Vital statistics of India. Vol. V, Reports of 1876 on armies & jails and on epidemic cholera
Year: 1876
Disease focus: Cholera
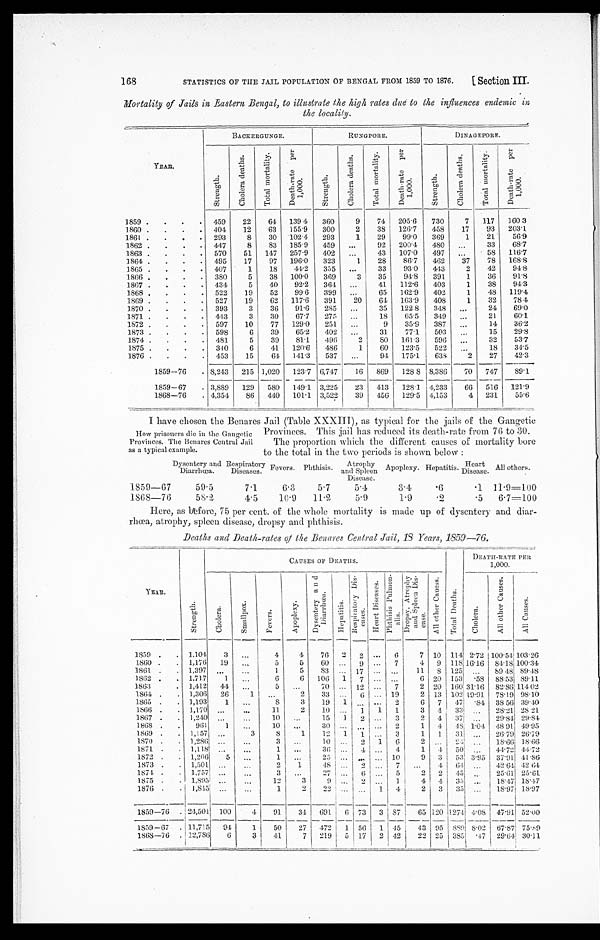
STATISTICS OF THE JAIL POPULATION OF BENGAL FROM 1859 TO 1876.
Section III.
Mortality of Jails in _Eastern Bengal, to illustrate the high rates (due to the influences endemic in
the locality.
BACKERGUNGE. RUNFPORE.
RUNGPORE.
DINAGEPORE.
YEAR.
S t r e n g t h .
C h o l e r a d e a t h s .
T o t a l m o r t a l i t y .
D e a t h - r a t e p e r 1 , 0 0 0
S t r e n g t h .
C h o l e r a d e a t h s .
T o t a l m o r t a l i t y .
D e a t h r a t e p e r 1 , 0 0 0 .
S t r e n g t h .
C h o l e r a d e a t h s .
T o t a l m o r t a l i t y .
D e a t h - r a t e p e r 1 , 0 0 0 .
1859
459 22 64 139 4 360
9 74 205.6 730
7 117 160 3
1860
404 12
63 155.9 300
2
38 126.7 438
17
93 203.1.
1861
293
8 30 102.4 293
1
29 99.0 369
1
21
5 6 . 9
1862
447
8
83 185.9 459
92 200.4 480
33
6 8 . 7
1863
570
51 147 257.9 402
43 107.0 497
58 116.7
1864
495
17
97 196.0 323
1
28 86.7 462 37
78 168.8
1865
407
1
18 44.2 355
33
93.0 443
2
42 9 4 . 8
1866
380
5
38 100.0 369
3
35
94.8 391.
1
36 91.8
1867
434
5 40 92.2 364
41 112.6 403
1
38 9 4 . 3
1868
522
19
52 99.6 399
65 162.9 402
1
48 1 1 9 . 4
1869
527
19
62 117.6 391 20 64 163.9 408
1
32 784
1870
393
3
36 91.6 285
35 122 8 348
24 69.0
1871
443
3
30 67.7 275
18 65.5 349
21
60.1
1872
597
10
77 129 .0 251
9 35.9 387
14 36.2
1873
598
6
39 65.2 402
31
77.1 503
15 2 9 . 8
1874
481
5
39 81.1 496
2
80 161.3 596
32
5 3 . 7
1875
340
6 41 120.6 486
1
60 123.5 522
18 3 4 . 5
1876
453
15
64 141.3 537
94 175.1 638
2 27 42.3
1859—76 . 8,243 21.5 1,020 123.7 6,747
16 869 128 8 8,386 70 747 89.1
1859—67
3,889 129 580 149.1 3,225
23 413 128.1 4,233
66 516 121.9
1868—76
4,354 86 440 101.1 3,522
39 456 129.5 4,153
4 231 55.6
I have chosen the Benares Jail (Table XXXIII), as typical for the jails of the Gangetic
Provinces. This jail has reduced its death-rate from 76 to 30.
The proportion which the different causes of mortality bore
to the total in the two periods is shown below:
Dysentery and
Diarrœa.
Respiratory
Diseases. Fevers. Phthisis.
A t r o p h y
and Spleen Apoplexy. Hepatitis.
H e a r t D i s e a s e s . All others.
1859-67
59.5
7.1
6.3
5.7
5.4
3.4
6
1 11.9=100
1868-76
58.2
4.5
10.9 11.2
5.9
1.9
2
5 6.7=100
Here, as before, 75 per cent. of the whole mortality is made up of dysentery and diar
-rhœa, atrophy, spleen disease, dropsy and phthisis.
Deaths and Death-rates of the Benares Central Jail, 18 Years, 1859-76.
C A U S E S O F D E A T H S .
DEA TH-RATE PER
1,000.
Y E A R .
S t r e n g t h .
C h o l e r a . S m a l l p o x .
F e v e r s
.
A p o p l e x y .
D y s e n t e r y a n d D i a r r h œ a . H e p a t i t i s . R e s p e r a t o r y D i s e a s e s .
H e a r t D i s e a s e s .
P h t h i s i s P u l m o n - a l i s .
D r o p s y A t r o p h y a n d S p l e e n D i s e a s e s .
A l l o t h e r c a s e s . T o t a l D e a t h s .
C h o l e r a .
A l l o t h e r C a s e s .
A l l C a u s e s .
1859
1.104
3
4
4 76 2 2
6
7 10 114 2.72 100.54 103.26
1860
1,176 19
5
5
60
9
7
4 9 118 16.16 84.18 100.34
1861
1,397
1
5 83
17
11 8 125
89 48 8 9 . 4 8
1862
1,717
1
6
6 106 1 7
6 20 153 58 88.53 89.11
1863
1.412 44
5
70
12
7
2 20 160 31.16 82.86 1 1 4 0 2
1864
1,306 26
1
2 33
6
19
2 13 102 19.91 78.19 98.10
1865
1,193
1
8
3
19 1
2
6 7 47
8 4 38 56 39-40
1866
1170
11
2 10
1 1
1
3 4 33
28.21 28 21.
1867
1,240
10
15 1 2
3
2 4 37
29.84 2 9 . 8 4
1868
961
1
10
3 0
2
1 4 48 1.04 48 91 49.95
. 1 8 6 9 . 1,157
3
8
1
12 1 1 1
3
1 1 31
26.79 26.79
1870 . . 1,286
3
10
2 1 6
2
24
18.66 18.66
1871 .
1,118
1
36
4
4
1 4 50
44.72 44.72
1872
1,266
5
1
25
9 3 53 3.95 37.91 41.86
1873
1,501
2
1
48
2
7
4 6 4
42.64 4 2 6 4
1874
1,757
3
27
6
5
2 2 45
25.61 2 5 . 6 1
1875
1,895
12
3
9
2
1
4 4 35
18.47 18.47
1876
1,845
1
2 22
1 4
2 3 35
18.97 18.97
1859-76
24,501 100
4
91
34 691 6 73 3 87
65 120 1274
4 7 . 9 147.91 52.00
1859-67 111,715 94
1
50 27 472 1 56 1 45 43 95 889 8.02 67.871 75.89
1868-76
12,786
6
3 41
7 219 5 17 2 42 22 25 3851
1 4 7 29.64 30.11
168
H o w p r i s o n e r s d i e i n t h e G a n g e t i c
Provinces. The Benares Central Jail
as a typical example.